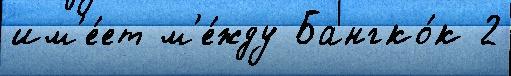
им'е́ет м'е́жду Бангко́к 2